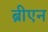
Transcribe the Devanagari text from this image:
ब्रीएन